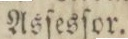
Asſesſor.